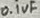
Text: 0.1uF